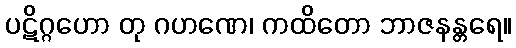
ပဋိဂ္ဂဟော တု ဂဟဏေ၊ ကထိတော ဘာဇနန္တရေ။